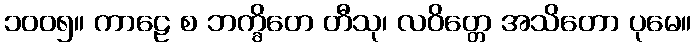
၁၀၀၅။ ကာဠေ စ ဘက္ခိတေ တီသု၊ လဝိတ္တေ အသိတော ပုမေ။